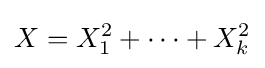
X=X_{1}^{2}+\cdots +X_{k}^{2}